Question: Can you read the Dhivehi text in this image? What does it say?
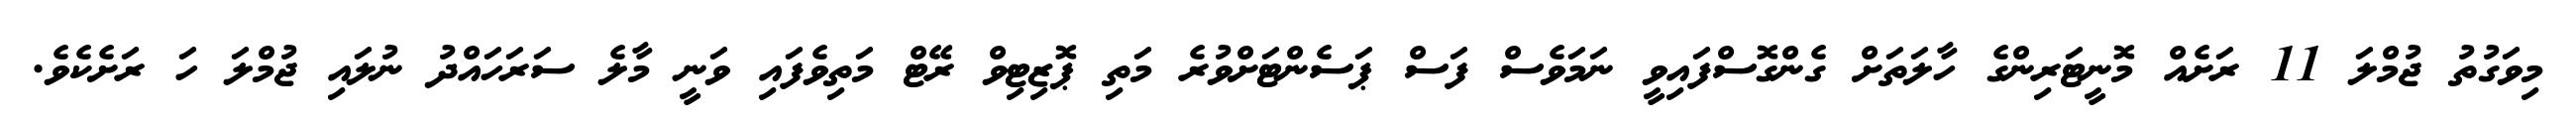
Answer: މިވަގުތު ޖުމްލަ 11 ރަށެއް މޮނީޓަރިންގެ ހާލަތަށް ގެންގޮސްފައިވީ ނަމަވެސް ފަސް ޕަސެންޓަށްވުރެ މަތި ޕޮޒިޓިވް ރޭޓް މަތިވެފައި ވަނީ މާލެ ސަރަހައްދު ނުލައި ޖުމްލަ ހަ ރަށެކެވެ.